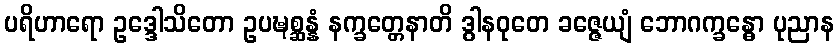
ပရိဟာရော ဥဒ္ဒေါသိတော ဥပဍ္ဎစ္ဆန္နံ နက္ခတ္တေနာတိ ဒွါနဝုတေ ခဇ္ဇေယျံ ဘောဂက္ခန္ဓော ပုညာန